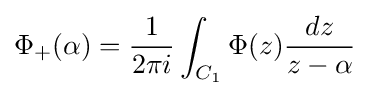
\Phi _{+}(\alpha )={\frac {1}{2\pi i}}\int _{C_{1}}\Phi (z){\frac {dz}{z-\alpha }}